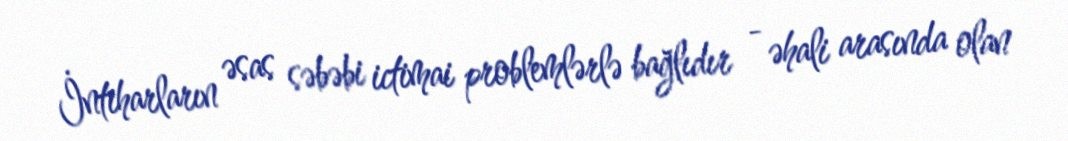
İntiharların əsas səbəbi ictimai problemlərlə bağlıdır - əhali arasında olan